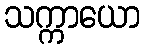
သက္ကာယော